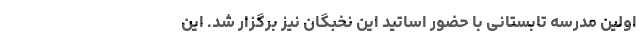
اولین مدرسه تابستانی با حضور اساتید این نخبگان نیز برگزار شد. این